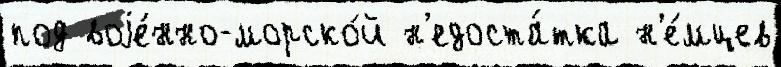
под воjе́нно-морско́й н'едоста́тка н'е́мцев